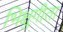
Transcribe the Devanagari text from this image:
भिक्षुगीता